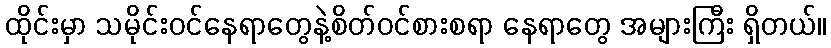
ထိုင်းမှာ သမိုင်းဝင်နေရာတွေနဲ့စိတ်ဝင်စားစရာ နေရာတွေ အများကြီး ရှိတယ်။